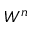
W ^ { n }